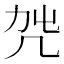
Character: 𠘿